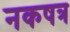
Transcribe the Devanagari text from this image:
नकषत्र